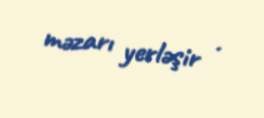
məzarı yerləşir .